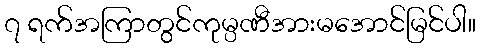
၇ ရက်အကြာတွင်ကုမ္ပဏီအားမအောင်မြင်ပါ။